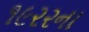
૧૯૨૨ના